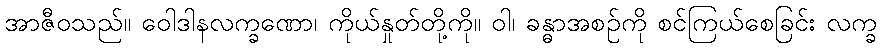
အာဇီဝသည်။ ဝေါဒါနလက္ခဏော၊ ကိုယ်နှုတ်တို့ကို။ ဝါ၊ ခန္ဓာအစဉ်ကို စင်ကြယ်စေခြင်း လက္ခ